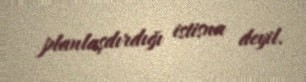
planlaşdırdığı istisna deyil.